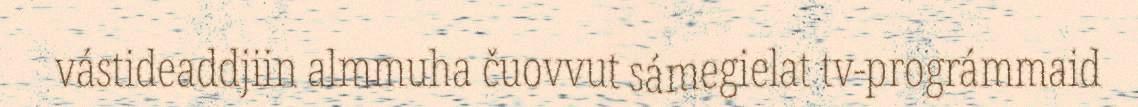
vástideaddjiin almmuha čuovvut sámegielat tv-prográmmaid